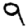
Digit: 9